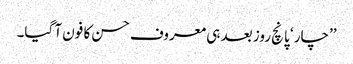
’’چار ‘ پانچ روز بعد ہی معروف حسن کا فون آ گیا۔